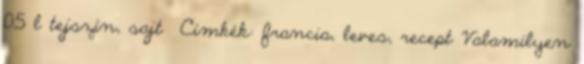
0,5 l tejszín, sajt Címkék: francia, leves, recept Valamilyen